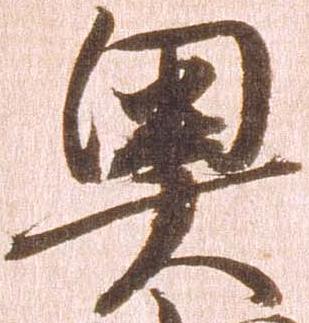
奥